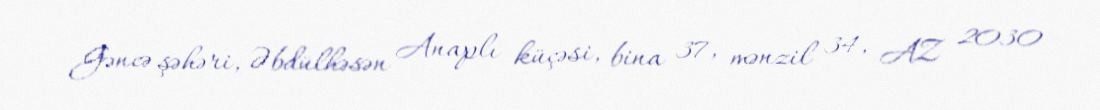
Gəncə şəhəri, Əbdülhəsən Anaplı küçəsi, bina 37, mənzil 34, AZ 2030